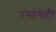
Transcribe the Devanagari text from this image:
रसांचेही